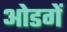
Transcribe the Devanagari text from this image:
ओडगें